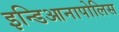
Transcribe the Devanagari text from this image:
इन्डिआनापोलिस